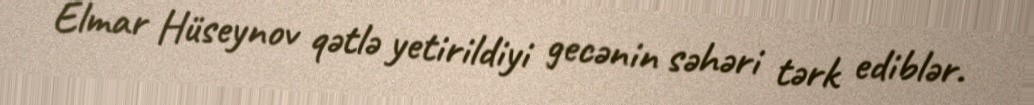
Elmar Hüseynov qətlə yetirildiyi gecənin səhəri tərk ediblər.